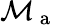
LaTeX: \mathcal{M}_{\mathrm{{~a~}}}